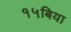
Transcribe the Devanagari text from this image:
१५बिया